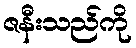
ဇနီးသည်ကို